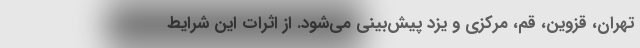
تهران، قزوین، قم، مرکزی و یزد پیش‌بینی می‌شود. از اثرات این شرایط